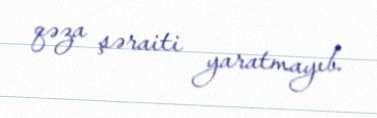
qəza şəraiti yaratmayıb.